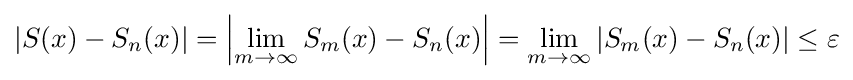
\left|S(x)-S_{n}(x)\right|=\left|\lim _{m\to \infty }S_{m}(x)-S_{n}(x)\right|=\lim _{m\to \infty }\left|S_{m}(x)-S_{n}(x)\right|\leq \varepsilon